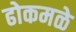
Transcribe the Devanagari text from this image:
ढोकमळे